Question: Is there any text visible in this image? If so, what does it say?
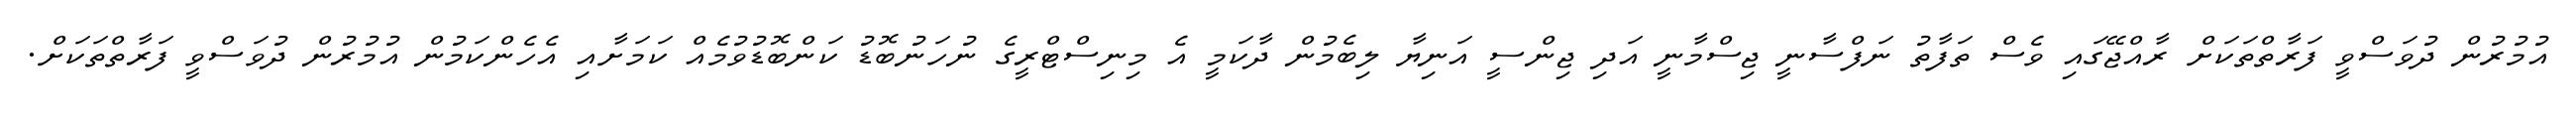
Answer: އުމުރުން ދުވަސްވީ ފަރާތްތަކަށް ރާއްޖޭގައި ވެސް ތަފާތު ނަފްސާނީ ޖިސްމާނީ އަދި ޖިންސީ އަނިޔާ ލިބެމުން ދާކަމީ އެ މިނިސްޓްރީގެ ނުހަނުބޮޑު ކަންބޮޑުވުމެއް ކަމަށާއި އެހެންކަމުން އުމުރުން ދުވަސްވީ ފަރާތްތަކަށް.